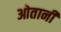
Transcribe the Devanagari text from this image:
ओतानी